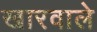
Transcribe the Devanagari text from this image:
खारवाले